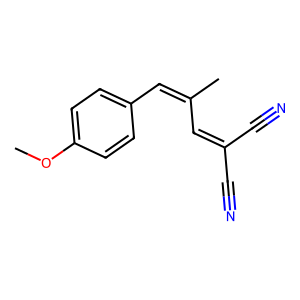
SMILES: COc1ccc(C=C(C)C=C(C#N)C#N)cc1
Inhibits HIV replication: No